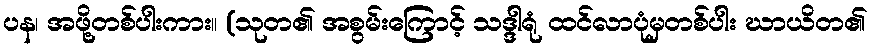
ပန၊ အဖို့တစ်ပါးကား။ (သုတ၏ အစွမ်းကြောင့် သဒ္ဒါရုံ ထင်လာပုံမှတစ်ပါး ဃာယိတ၏